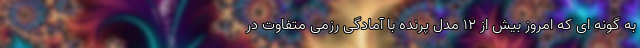
به گونه ای که امروز بیش از ۱۲ مدل پرنده با آمادگی رزمی متفاوت در